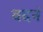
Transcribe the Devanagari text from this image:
वदनं